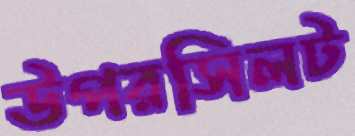
উপরসিলট